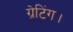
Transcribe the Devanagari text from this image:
ग्रेटिंग।